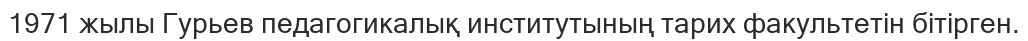
1971 жылы Гурьев педагогикалық институтының тарих факультетін бітірген.